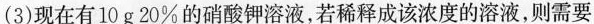
(3)现在有10g20%的硝酸钾溶液，若稀释成该浓度的溶液，则需要